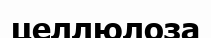
целлюлоза